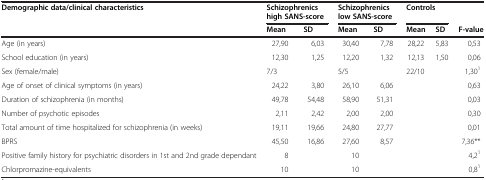
| Demographic data/clinical characteristics | <COLSPAN=2> Schizophrenics high SANS-score | <COLSPAN=2> Schizophrenics low SANS-score | <COLSPAN=2> Controls |  |
 |  | Mean | SD | Mean | SD | Mean | SD | F-value |
 | --- | --- | --- | --- | --- | --- | --- | --- |
 | Age (in years) | 27,90 | 6,03 | 30,40 | 7,78 | 28,22 | 5,83 | 0,53 |
 | School education (in years) | 12,30 | 1,25 | 12,20 | 1,32 | 12,13 | 1,50 | 0,06 |
 | Sex (female/male) | 7/3 |  | 5/5 |  | 22/10 |  | 1,301 |
 | Age of onset of clinical symptoms (in years) | 24,22 | 3,80 | 26,10 | 6,06 |  |  | 0,63 |
 | Duration of schizophrenia (in months) | 49,78 | 54,48 | 58,90 | 51,31 |  |  | 0,03 |
 | Number of psychotic episodes | 2,11 | 2,42 | 2,00 | 2,00 |  |  | 0,30 |
 | Total amount of time hospitalized for schizophrenia (in weeks) | 19,11 | 19,66 | 24,80 | 27,77 |  |  | 0,01 |
 | BPRS | 45,50 | 16,86 | 27,60 | 8,57 |  |  | 7,36** |
 | Positive family history for psychiatric disorders in 1st and 2nd grade dependant | 8 |  | 10 |  |  |  | 4,21 |
 | Chlorpromazine-equivalents | 10 |  | 10 |  |  |  | 0,81 |